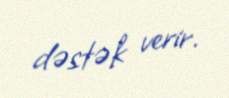
dəstək verir.